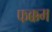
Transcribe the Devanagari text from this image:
फक्कम